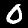
Digit: 0